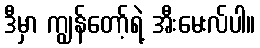
ဒီမှာ ကျွန်တော့်ရဲ့ အီးမေးလ်ပါ။